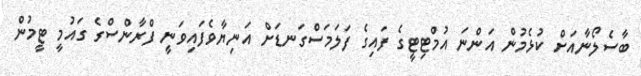
ބާސެލޯނާއަށް ކުޅެމުން އަންނަ އުމްޓިޓީގެ ފައިގެ ފަލަމަސްގަނޑަށް އަނިޔާވެފައިވަނީ ފްރާންސްގެ ގައުމީ ޓީމުން